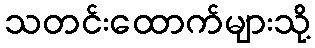
သတင်းထောက်များသို့